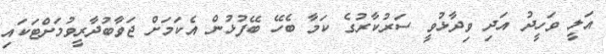
އަލީ ވަހީދު އަދި ވިދާޅުވީ ސަރުކާރުގެ ކަމާ ބެހޭ ބޭފުޅުން އެކަމަށް ޖަވާބުދާރީވުމަށްޓަކައި